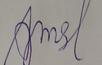
Signature authenticity: forged